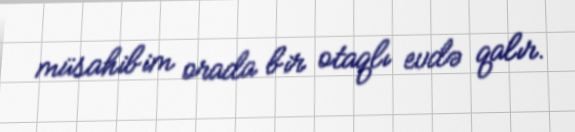
müsahibim orada bir otaqlı evdə qalır.